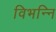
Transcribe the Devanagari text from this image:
विभन्नि